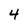
Character: 4